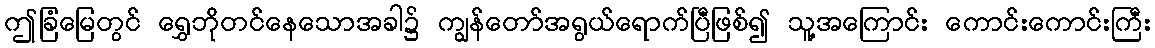
ဤခြံမြေတွင် ရွှေဘိုတင်နေသောအခါ၌ ကျွန်တော်အရွယ်ရောက်ပြီဖြစ်၍ သူ့အကြောင်း ကောင်းကောင်းကြီး